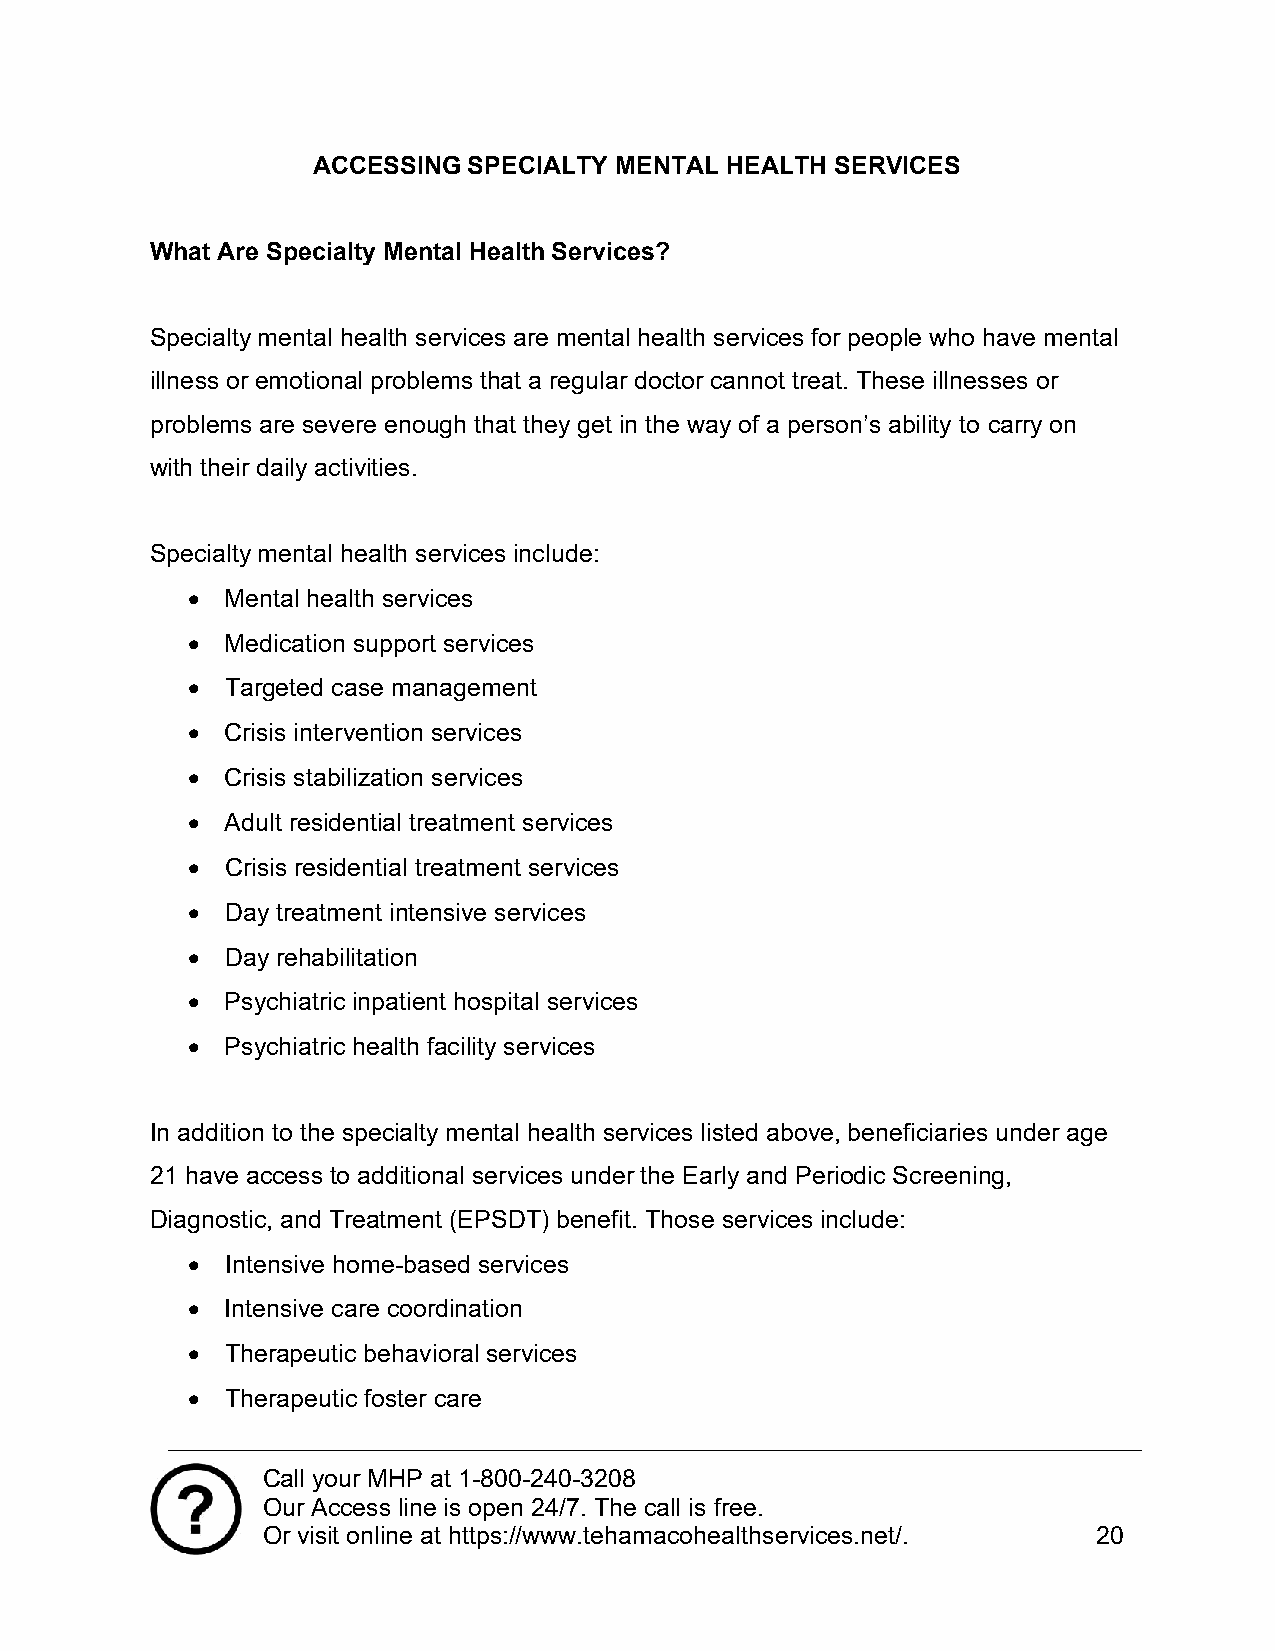
ACCESSING SPECIALTY MENTAL HEALTH SERVICES
 What Are Specialty Mental Health Services?
 Specialty mental health services are mental health services for people who have mental
 illness or emotional problems that a regular doctor cannot treat. These illnesses or
 problems are severe enough that they get in the way of a person’s ability to carry on
 with their daily activities.
 Specialty mental health services include:
   Mental health services
   Medication support services
   Targeted case management
   Crisis intervention services
   Crisis stabilization services
   Adult residential treatment services
   Crisis residential treatment services
   Day treatment intensive services
   Day rehabilitation
   Psychiatric inpatient hospital services
   Psychiatric health facility services
 In addition to the specialty mental health services listed above, beneficiaries under age
 21 have access to additional services under the Early and Periodic Screening,
 Diagnostic, and Treatment (EPSDT) benefit. Those services include:
   Intensive home-based services
   Intensive care coordination
   Therapeutic behavioral services
   Therapeutic foster care
 Call your MHP at 1-800-240-3208
 Our Access line is open 24/7. The call is free.
 Or visit online at https://www.tehamacohealthservices.net/. 20